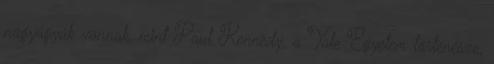
nagyágyúk vannak, mint Paul Kennedy, a Yale Egyetem történésze,